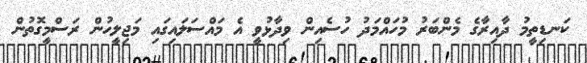
ކަނޑިތީމު ދާއިރާގެ މެންބަރު މުހައްމަދު ހުސެއިން ވިދާޅުވީ އެ މައްސަލައިގައި މަޖިލީހުން ރަސްމީގޮތުން